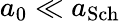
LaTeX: a_{0}\ll a_{\mathrm{Sch}}